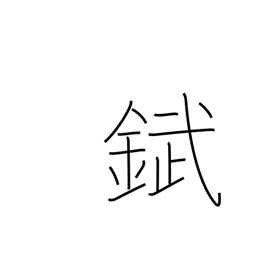
Meaning: tin plate